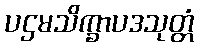
ပဌမသိက္ခာပဒသုတ္တံ